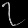
Digit: ၇